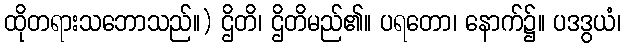
ထိုတရားသဘောသည်။) ဌိတိ၊ ဌိတိမည်၏။ ပရတော၊ နောက်၌။ ပဒဒွယံ၊